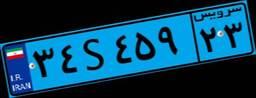
۵۰S۳۷۴۶۰